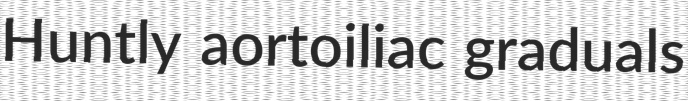
Huntly aortoiliac graduals